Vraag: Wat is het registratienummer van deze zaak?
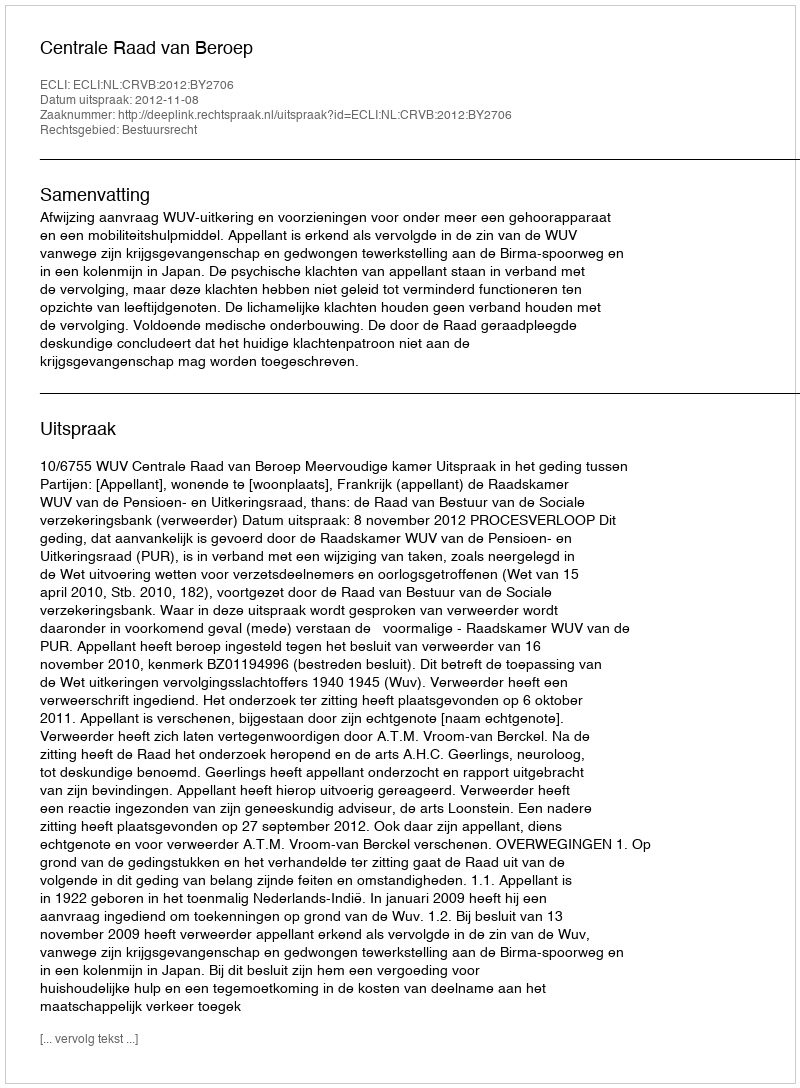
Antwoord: http://deeplink.rechtspraak.nl/uitspraak?id=ECLI:NL:CRVB:2012:BY2706